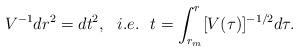
LaTeX: \begin{align*}V^{-1}dr^2=dt^2,\ \ i.e.\ \ t=\int_{r_m}^r[V(\tau)]^{-1/2}d\tau.\end{align*}